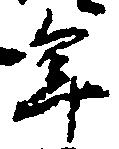
年